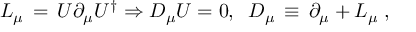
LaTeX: L _ { \mu } \, = \, U \partial _ { \mu } U ^ { \dag } \Rightarrow D _ { \mu } U = 0 , \; \; D _ { \mu } \, \equiv \, \partial _ { \mu } + L _ { \mu } \; ,